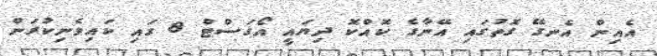
އެއިން އެނގޭ ގޮތުގައި އޭނާގެ ކޮއްކޮ ދިޔައީ އޯގަސްޓް 8 ގައި ކައިވެނިކުރަން